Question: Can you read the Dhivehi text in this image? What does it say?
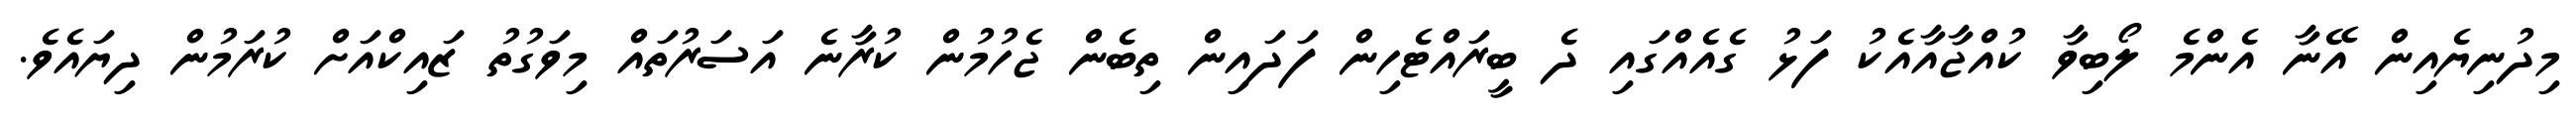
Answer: މިދުނިޔެއިން އޭނާ އެންމެ ލޯބިވާ ކުއްޖާއާއެކު ފަޅު ގެއެއްގައި ދެ ބީރައްޓެހިން ފަދައިން ތިބެން ޖެހުމުން ކުރާނެ އަސަރުތައް މިވަގުތު ޒައިކްއަށް ކުރަމުން ދިޔައެވެ.